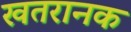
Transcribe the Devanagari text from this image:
खतरानक